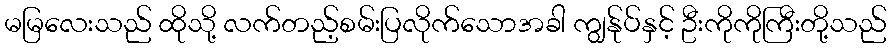
မမြလေးသည် ထိုသို့ လက်တည့်စမ်းပြလိုက်သောအခါ ကျွန်ုပ်နှင့် ဦးကိုကိုကြီးတို့သည်